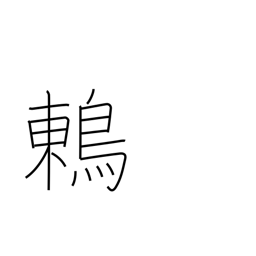
Meaning: thrush